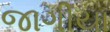
જાગીયા